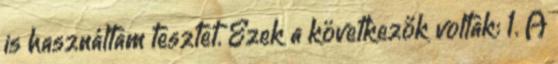
is használtam tesztet. Ezek a következők voltak: 1. A